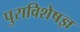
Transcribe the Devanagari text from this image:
पुराविशेषज्ञ